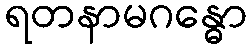
ရတနာမဂန္ဓော